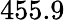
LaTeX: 455.9